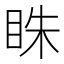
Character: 𥅲